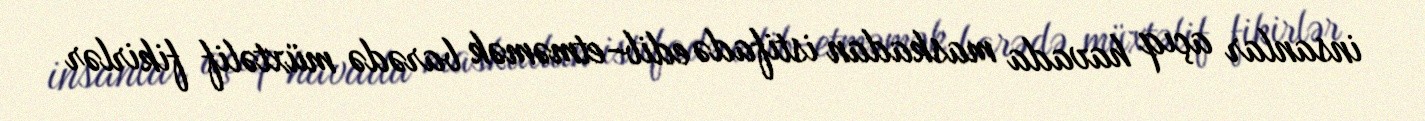
insanlar açıq havada maskadan istifadə edib-etməmək barədə müxtəlif fikirlər